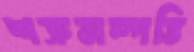
শত্রুসম্পত্তি